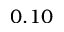
0 . 1 0